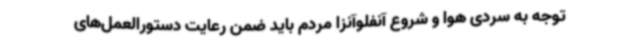
توجه به سردی هوا و شروع آنفلوآنزا مردم باید ضمن رعایت دستورالعمل‌های